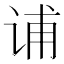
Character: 𰵩